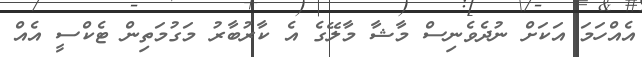
އެއްހަމަ އަކަށް ނުދެވެނިސް މާޝާ މާލޭގެ އެ ކާރުބާރު މަގުމަތިން ޓެކްސީ އެއް